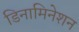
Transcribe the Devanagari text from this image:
डिनामिनेशन